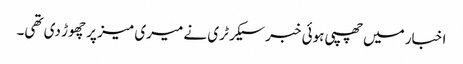
اخبار میں‌چھپی ہوئی خبر سیکرٹری نے میری میز پر چھوڑ دی تھی۔